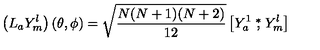
\left( L _ { a } { Y } _ { m } ^ { l } \right) ( \theta , \phi ) = \sqrt { \frac { N ( N + 1 ) ( N + 2 ) } { 1 2 } } \left[ { Y } _ { a } ^ { 1 } \stackrel { * } { , } { Y } _ { m } ^ { l } \right]